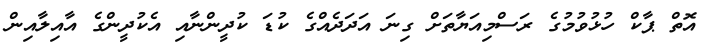
އޮތް ޕާކް ހުޅުވުމުގެ ރަސްމިއަޔާތަށް ގިނަ އަދަދެއްގެ ކުޑަ ކުދީންނާއި އެކުދީންގެ އާއިލާއިން